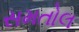
સમતોલ